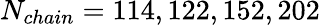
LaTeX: N_{chain}=114,122,152,202